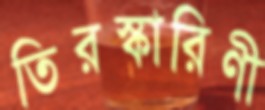
তিরস্কারিণী